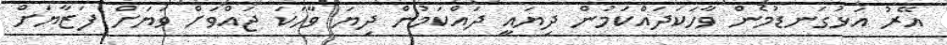
އޭރު އަޅުގަނޑުމެން ވާހަކަދައްކަމުން ދިޔައީ ދައްކަމުން ދިޔަ ވާހަކަ ޖައްވަށް ވަޔަށް ފަޒާޔަށް